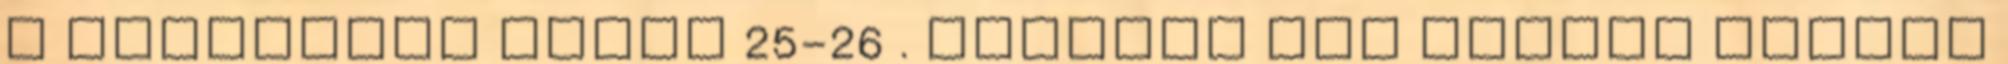
a találkozó során 25-26 . Nogicot nem nagyon tudtuk